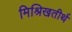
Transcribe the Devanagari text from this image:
मिश्रिखतीर्थ